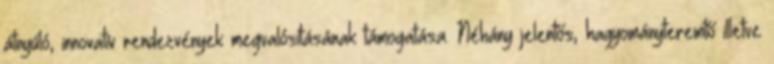
átnyúló, innovatív rendezvények megvalósításának támogatása. Néhány jelentős, hagyományteremtő illetve